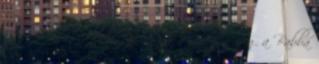
meg Máriát, és kérjük, hogy segéljen meg a Babba